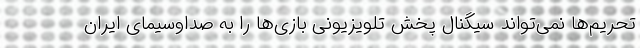
تحریم‌ها نمی‌تواند سیگنال پخش تلویزیونی بازی‌ها را به صداوسیمای ایران